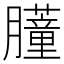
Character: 𬛞